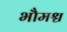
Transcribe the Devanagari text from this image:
भौमश्च